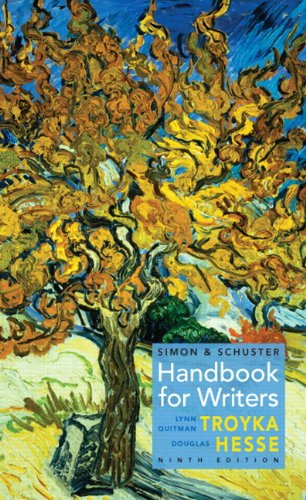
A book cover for Simon & Schuster Handbook for Writers (9th Edition); Lynn Q. Troyka; Reference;